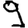
Digit: 9